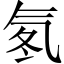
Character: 氡